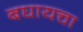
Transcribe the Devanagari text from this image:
बघायचा